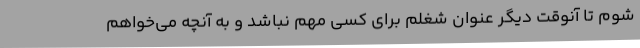
شوم تا آنوقت دیگر عنوان شغلم برای کسی مهم نباشد و به آنچه می‌خواهم